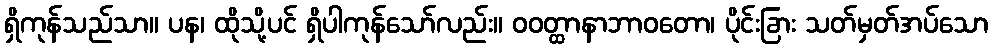
ရှိကုန်သည်သာ။ ပန၊ ထိုသို့ပင် ရှိပါကုန်သော်လည်း။ ဝဝတ္ထာနာဘာဝတော၊ ပိုင်းခြား သတ်မှတ်အပ်သော